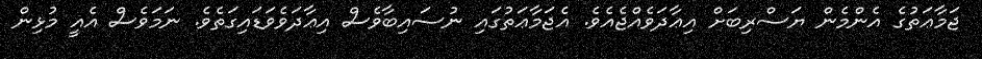
ޖަމާޢަތުގެ އެންމެން ޔަސްރިބަށް އިޢާދަވެއްޖެއެވެ. އެޖަމާޢަތުގައި ނުސައިބާވެސް އިޢާދަވެވަޑައިގަތެވެ. ނަމަވެސް އެއީ މުޅިން